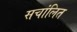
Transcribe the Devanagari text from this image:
सचांलित